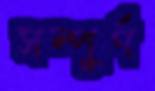
সম্পুর্ণ